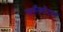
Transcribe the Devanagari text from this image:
सर्फैक्टेंट्स